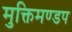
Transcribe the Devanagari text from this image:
मुक्तिमण्डप